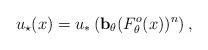
LaTeX: \begin{align*} u_\star(x)=u_\ast\left({\bf b}_\theta (F^o_\theta(x))^n\right),\end{align*}